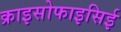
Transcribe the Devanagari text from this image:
क्राइसोफाइसिई